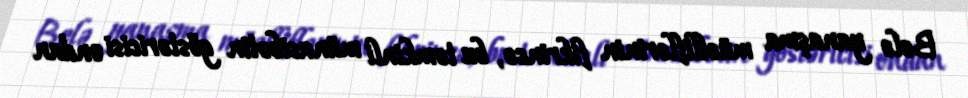
Belə yanaşma müəlliflərinin fikrincə, bu təmkinli münasibətin göstəricisi ondan